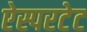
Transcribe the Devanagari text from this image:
ऐस्परटेट